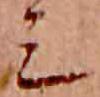
ミ